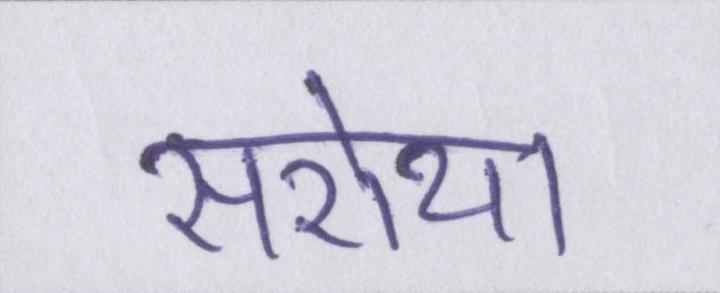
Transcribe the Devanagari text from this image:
सरोथा